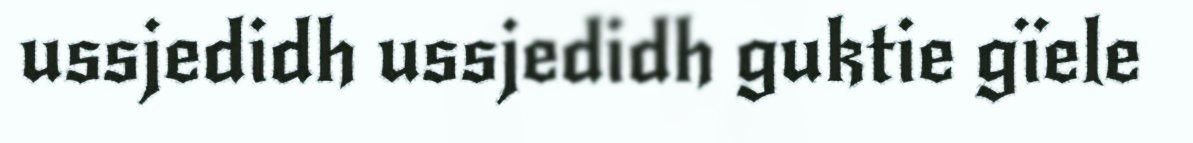
ussjedidh ussjedidh guktie gïele